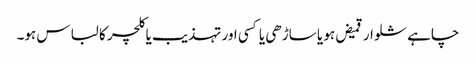
چاہے شلوار قمیض ہو یا ساڑھی یا کسی اور تہذیب یا کلچر کا لباس ہو۔